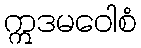
ဣဒမဝေါစံ